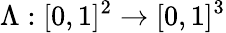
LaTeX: \Lambda:[0,1]^{2}\to[0,1]^{3}